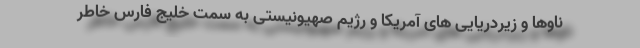
ناوها و زیردریایی های آمریکا و رژیم صهیونیستی به سمت خلیج فارس خاطر